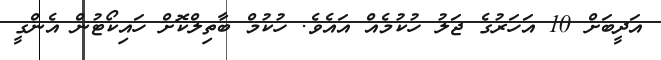
އަދީބަށް 10 އަހަރުގެ ޖަލު ހުކުމެއް އައެވެ. ހުކުމް ބާތިލްކޮށް ހައިކޯޓުން އެންގީ